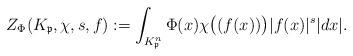
LaTeX: \begin{align*}Z_{\Phi}(K_{\mathfrak{p}},\chi,s,f):=\int_{K_{\mathfrak{p}}^{n}}\Phi(x)\chi\big((f(x))\big)|f(x)|^{s}|dx|.\end{align*}